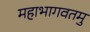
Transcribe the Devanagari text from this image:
महाभागवतमु